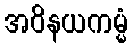
အဝိနယကမ္မံ